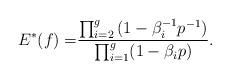
LaTeX: \begin{align*}E^*(f)= & \frac{\prod_{i=2}^g{(1-\beta_i^{-1}p^{-1})}}{\prod_{i=1}^g(1-\beta_ip)}.\end{align*}